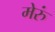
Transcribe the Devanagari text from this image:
मेरुं